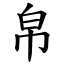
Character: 帛